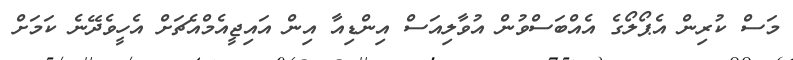
މަސް ކުރިން އެޕޯލޯގެ އެއްބަސްވުން އުވާލިއަސް އިންޑިއާ އިން އައިޖީއެމްއެޗަށް އެހީވެދޭނެ ކަމަށް